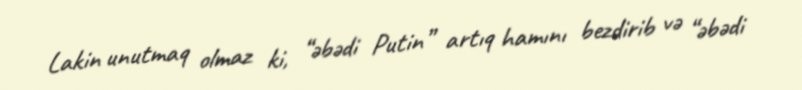
Lakin unutmaq olmaz ki, “əbədi Putin” artıq hamını bezdirib və “əbədi